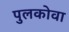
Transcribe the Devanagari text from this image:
पुलकोवा